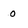
Character: 0